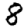
Digit: 8